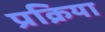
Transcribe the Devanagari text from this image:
प्रक्रिया